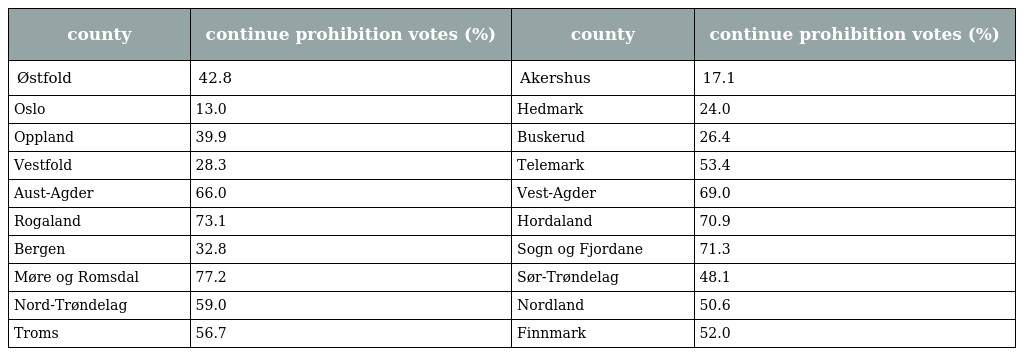
| county | continue prohibition votes (%) | county | continue prohibition votes (%) |
 | --- | --- | --- | --- |
 | Østfold | 42.8 | Akershus | 17.1 |
 | Oslo | 13.0 | Hedmark | 24.0 |
 | Oppland | 39.9 | Buskerud | 26.4 |
 | Vestfold | 28.3 | Telemark | 53.4 |
 | Aust-Agder | 66.0 | Vest-Agder | 69.0 |
 | Rogaland | 73.1 | Hordaland | 70.9 |
 | Bergen | 32.8 | Sogn og Fjordane | 71.3 |
 | Møre og Romsdal | 77.2 | Sør-Trøndelag | 48.1 |
 | Nord-Trøndelag | 59.0 | Nordland | 50.6 |
 | Troms | 56.7 | Finnmark | 52.0 |